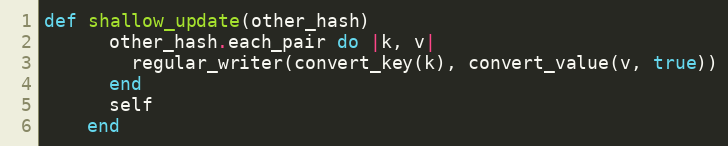
Language: Ruby
def shallow_update(other_hash)
      other_hash.each_pair do |k, v|
        regular_writer(convert_key(k), convert_value(v, true))
      end
      self
    end